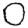
Digit: 0